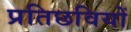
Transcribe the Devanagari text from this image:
प्रतिछवियों